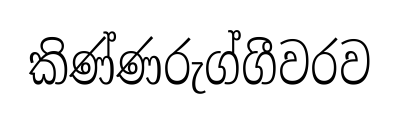
කිණ්ණරුග්ගීවරව